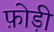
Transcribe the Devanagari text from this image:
फ़ोड़ी